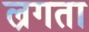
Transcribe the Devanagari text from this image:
ल्रगता